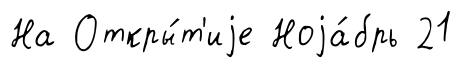
На Откры́т'иjе Ноjа́брь 21